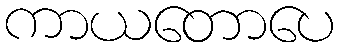
ကာယတောပေ